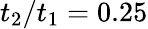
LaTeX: t_{2}/t_{1}=0.25